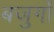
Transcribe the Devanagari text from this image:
बजुर्गों